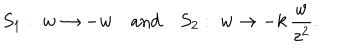
S _ { 1 } : \; w \to - w \quad \mathrm { a n d } \quad S _ { 2 } : \; w \to - k \, { \frac { w } { z ^ { 2 } } } .